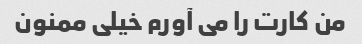
من کارت را می آورم خیلی ممنون